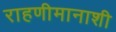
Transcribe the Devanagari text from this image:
राहणीमानाशी